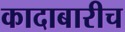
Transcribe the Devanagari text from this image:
कादाबारीच